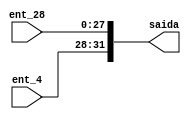
module separador3
(ent_4,ent_28,saida);
input [3:0] ent_4;
input [27:0] ent_28;
output wire [31:0] saida;
assign saida = {ent_4,ent_28};
endmodule